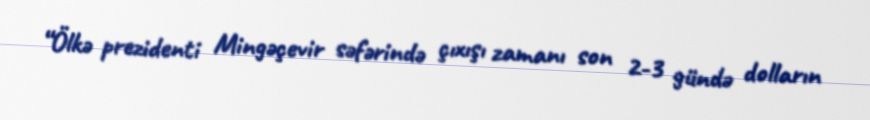
“Ölkə prezidenti Mingəçevir səfərində çıxışı zamanı son 2-3 gündə dolların